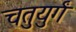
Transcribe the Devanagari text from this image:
चतुयुर्गं